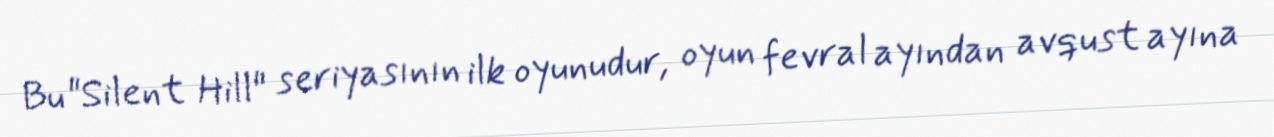
Bu "Silent Hill" seriyasının ilk oyunudur, oyun fevral ayından avqust ayına